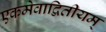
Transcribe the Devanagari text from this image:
एकमेवाद्वितीयम्‌